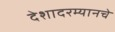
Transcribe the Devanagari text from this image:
देशादरम्यानचे